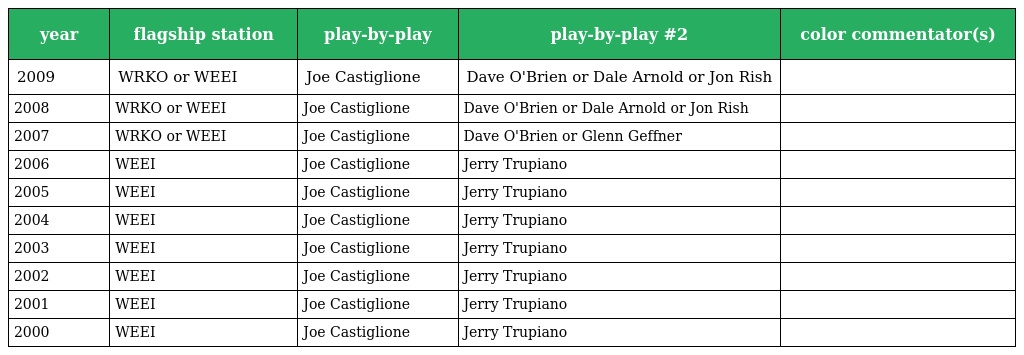
| year | flagship station | play-by-play | play-by-play #2 | color commentator(s) |
 | --- | --- | --- | --- | --- |
 | 2009 | WRKO or WEEI | Joe Castiglione | Dave O'Brien or Dale Arnold or Jon Rish |  |
 | 2008 | WRKO or WEEI | Joe Castiglione | Dave O'Brien or Dale Arnold or Jon Rish |  |
 | 2007 | WRKO or WEEI | Joe Castiglione | Dave O'Brien or Glenn Geffner |  |
 | 2006 | WEEI | Joe Castiglione | Jerry Trupiano |  |
 | 2005 | WEEI | Joe Castiglione | Jerry Trupiano |  |
 | 2004 | WEEI | Joe Castiglione | Jerry Trupiano |  |
 | 2003 | WEEI | Joe Castiglione | Jerry Trupiano |  |
 | 2002 | WEEI | Joe Castiglione | Jerry Trupiano |  |
 | 2001 | WEEI | Joe Castiglione | Jerry Trupiano |  |
 | 2000 | WEEI | Joe Castiglione | Jerry Trupiano |  |